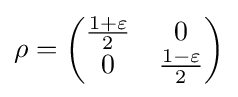
\rho ={\begin{pmatrix}{\frac {1+\varepsilon }{2}}&0\\0&{\frac {1-\varepsilon }{2}}\\\end{pmatrix}}